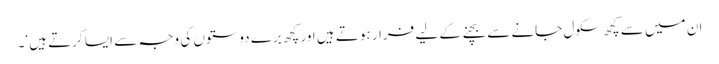
ان میں سے کچھ سکول جانے سے بچنے کے لیے فرار ہوتے ہیں اور کچھ برے دوستوں کی وجہ سے ایسا کرتے ہیں‘۔